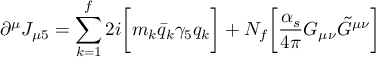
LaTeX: \partial ^ { \mu } J _ { \mu 5 } = \sum _ { k = 1 } ^ { f } 2 i \biggl [ m _ { k } \bar { q } _ { k } \gamma _ { 5 } q _ { k } \biggr ] + N _ { f } \biggl [ { \frac { \alpha _ { s } } { 4 \pi } } G _ { \mu \nu } { \tilde { G } } ^ { \mu \nu } \biggr ]